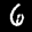
Label: 6